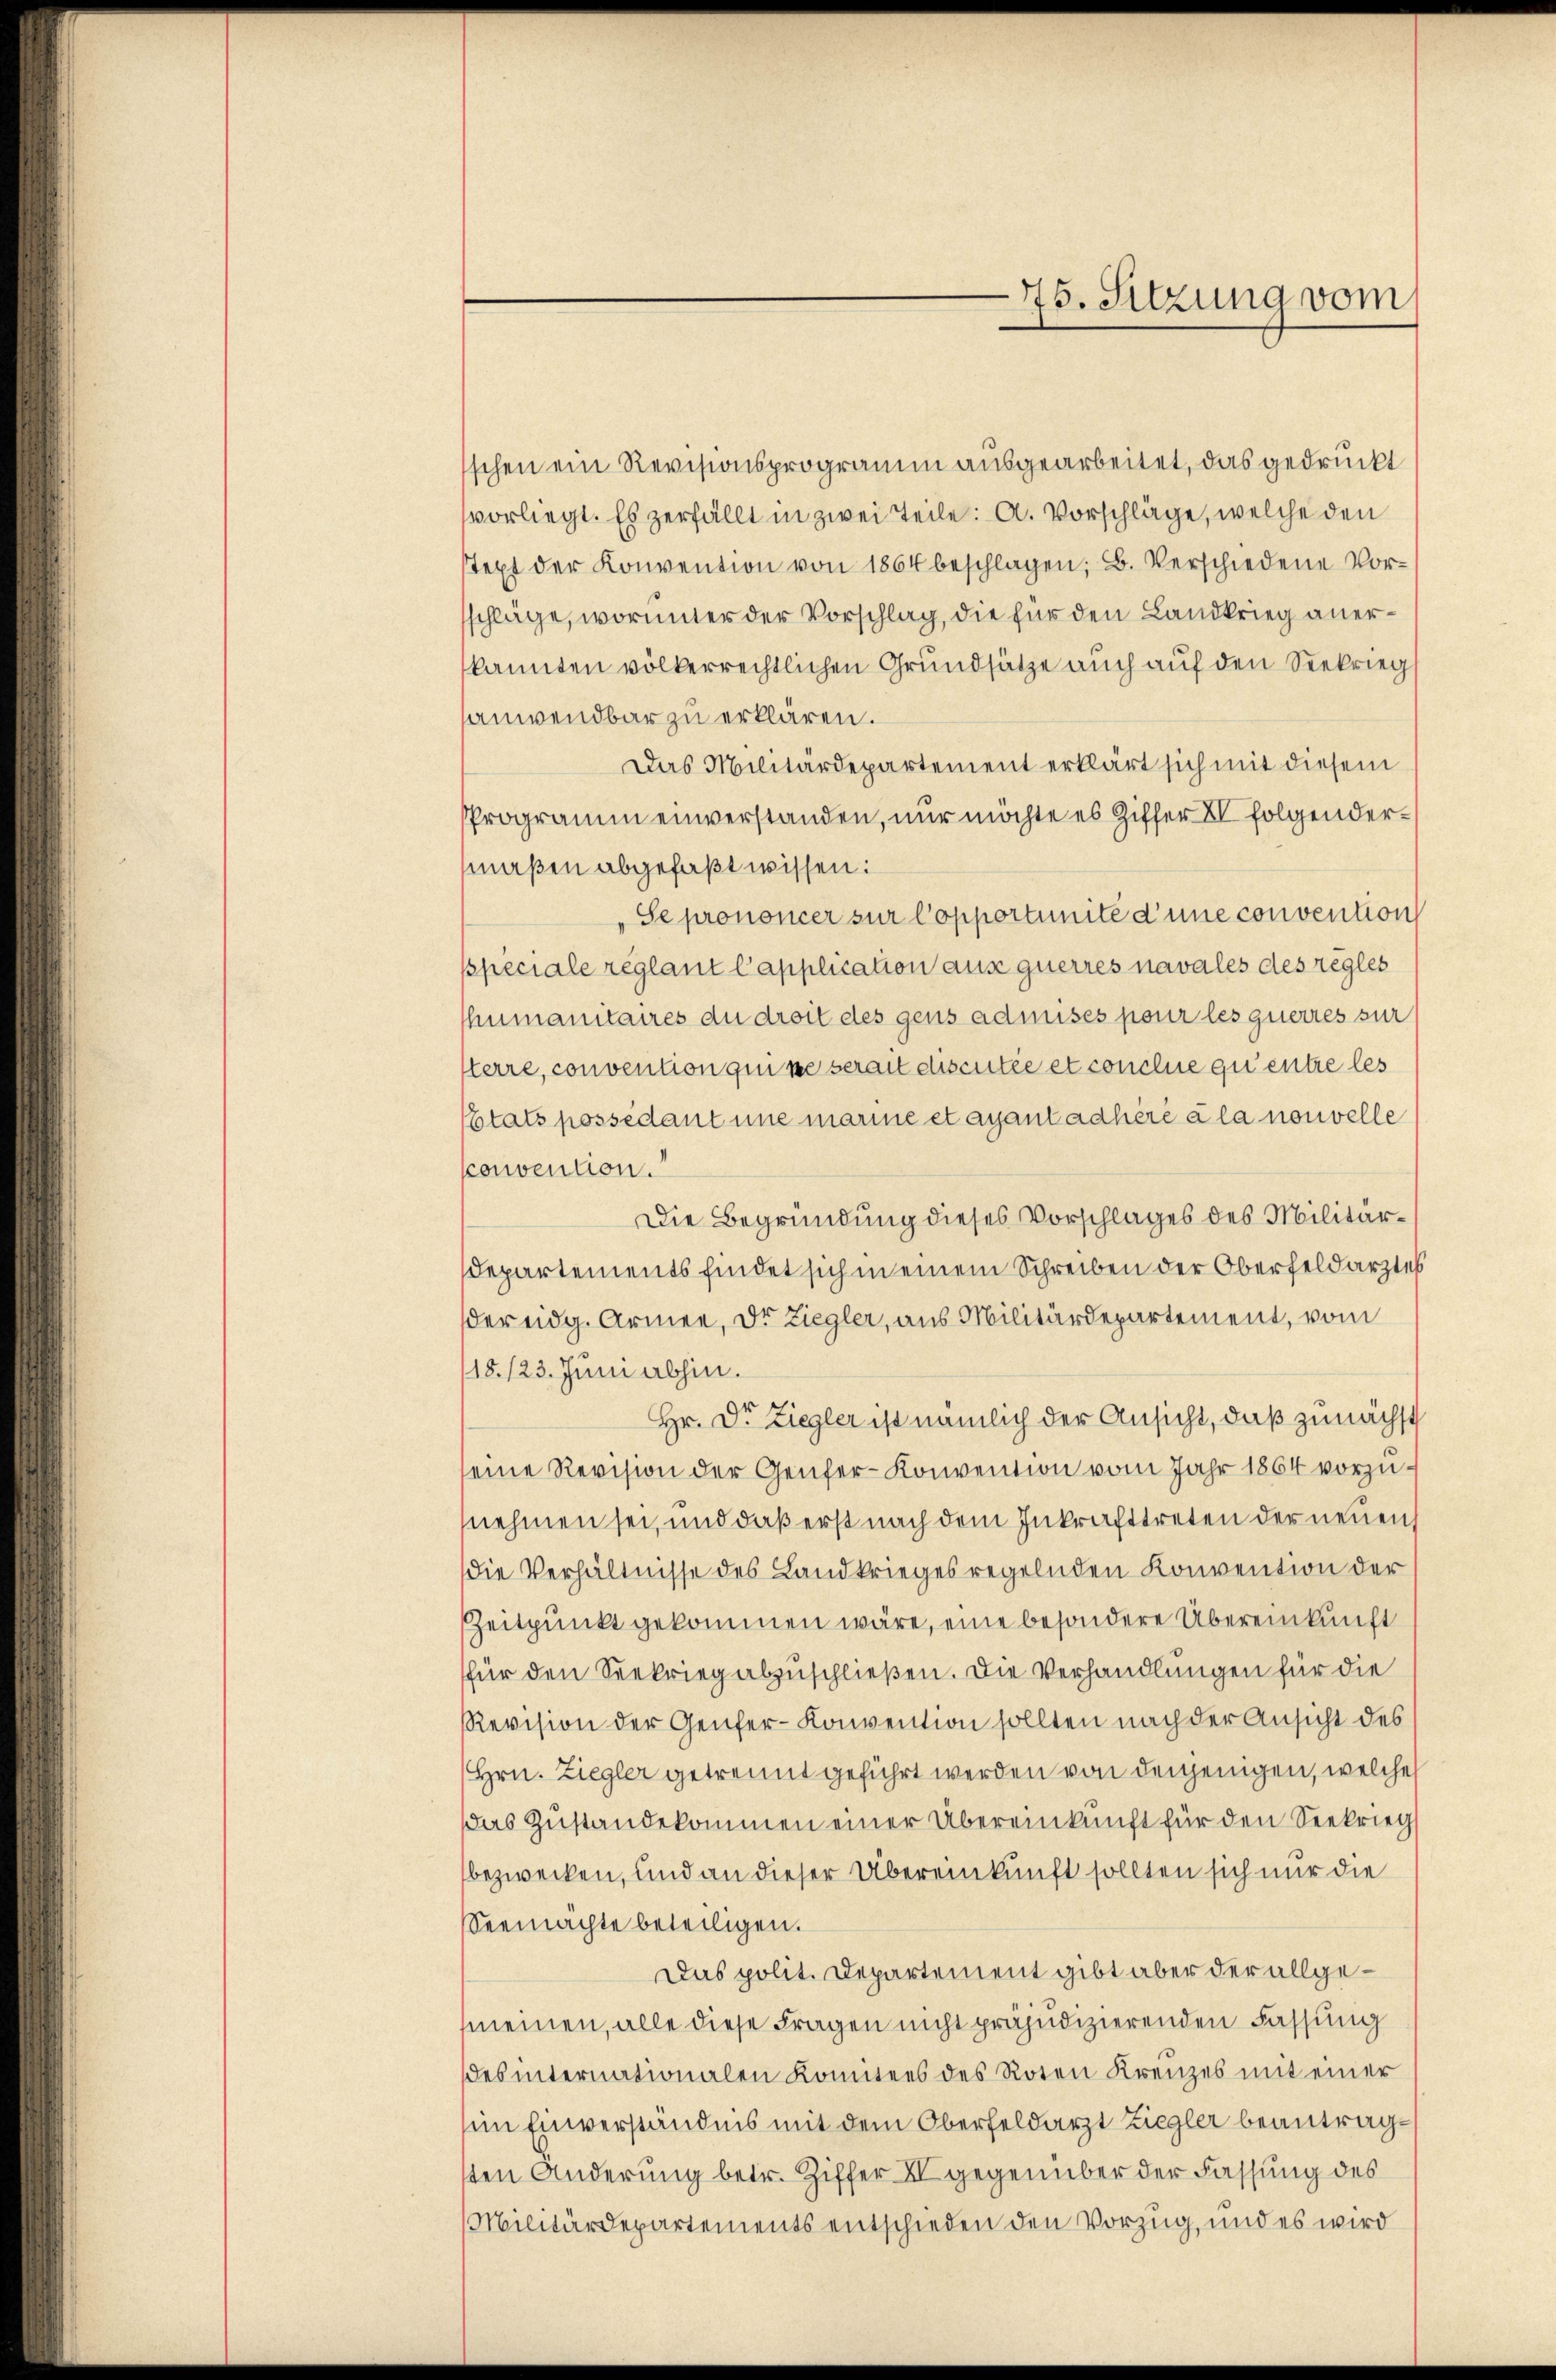
schen ein Revisionsprogramm ausgearbeitet, das gedruckt
vorliegt. Es zerfällt in zwei Teile: A. Vorschläge, welche den
stext der Konvention von 1864 beschlagen; B. Verschiedene Vorschläge, worunter der Vorschlag, die für den Landkrieg anerkannten völkerrechtlichen Grundsätze auch auf den Seekriegs
anwendbar zu erklären.
Das Militärdepartement erklärt sich mit diesem
Programm einverstanden, nur möchte es Ziffer XI folgendermaßen abgefaßt wissen:
Se prononcer zur Copportunité d’une convention
sspeciale reglant Capplication aus querres navales des règles
humanitaires du droit des gens admises pour les querres zur
terre, convention qui ne serait discutée et conclue qui entre les
Etats possédant une marine et ayantadhéré à la nouvelle
convention.
Die Begründung dieses Vorschlages des Militär¬
Departements findet sich in einem Schreiben der Oberfeldarztes
der eidg. Armen, Dr. Ziegler, aus Militärdepartement, vom
18./23. Juni abhin.
Hr. Dr Ziegler ist nämlich der Ansicht, daß zunächst
eine Revision der Genfer-Konvention vom Jahr 1864 vorzunehmen sei, und daß erst nach dem Inkrafttreten der neuen
die Verhältnisse des Landkrieges regelnden Konvention der
Zeitpunkt gekommen wäre, eine besondere Übereinkunft
für den Seekrieg abzuschließen. Die Verhandlungen für die
Revision der Genfer-Konvention sollten nach der Ansicht des
(Hrn. Ziegler getrennt geführt werden von denjenigen, welche
Das Zustandekommen einer Übereinkunft für den Seekrieg
bezwecken, und an dieser Übereinkunft sollten sich nur die
Seemachte beteiligen.
Das polit. Departement gibt aber der allgemeinen, alle diese Fragen nicht präjudizierenden Fassung
des internationalen Komitees des Roten Kreuzes mit einer
sein Einverständnis mit dem Oberfeldarzt Ziegler beantragsten Änderung betr. Ziffer II gegenüber der Fassung des
Militärdepartements entschieden den Vorzug, und es wird

75. Sitzung vom